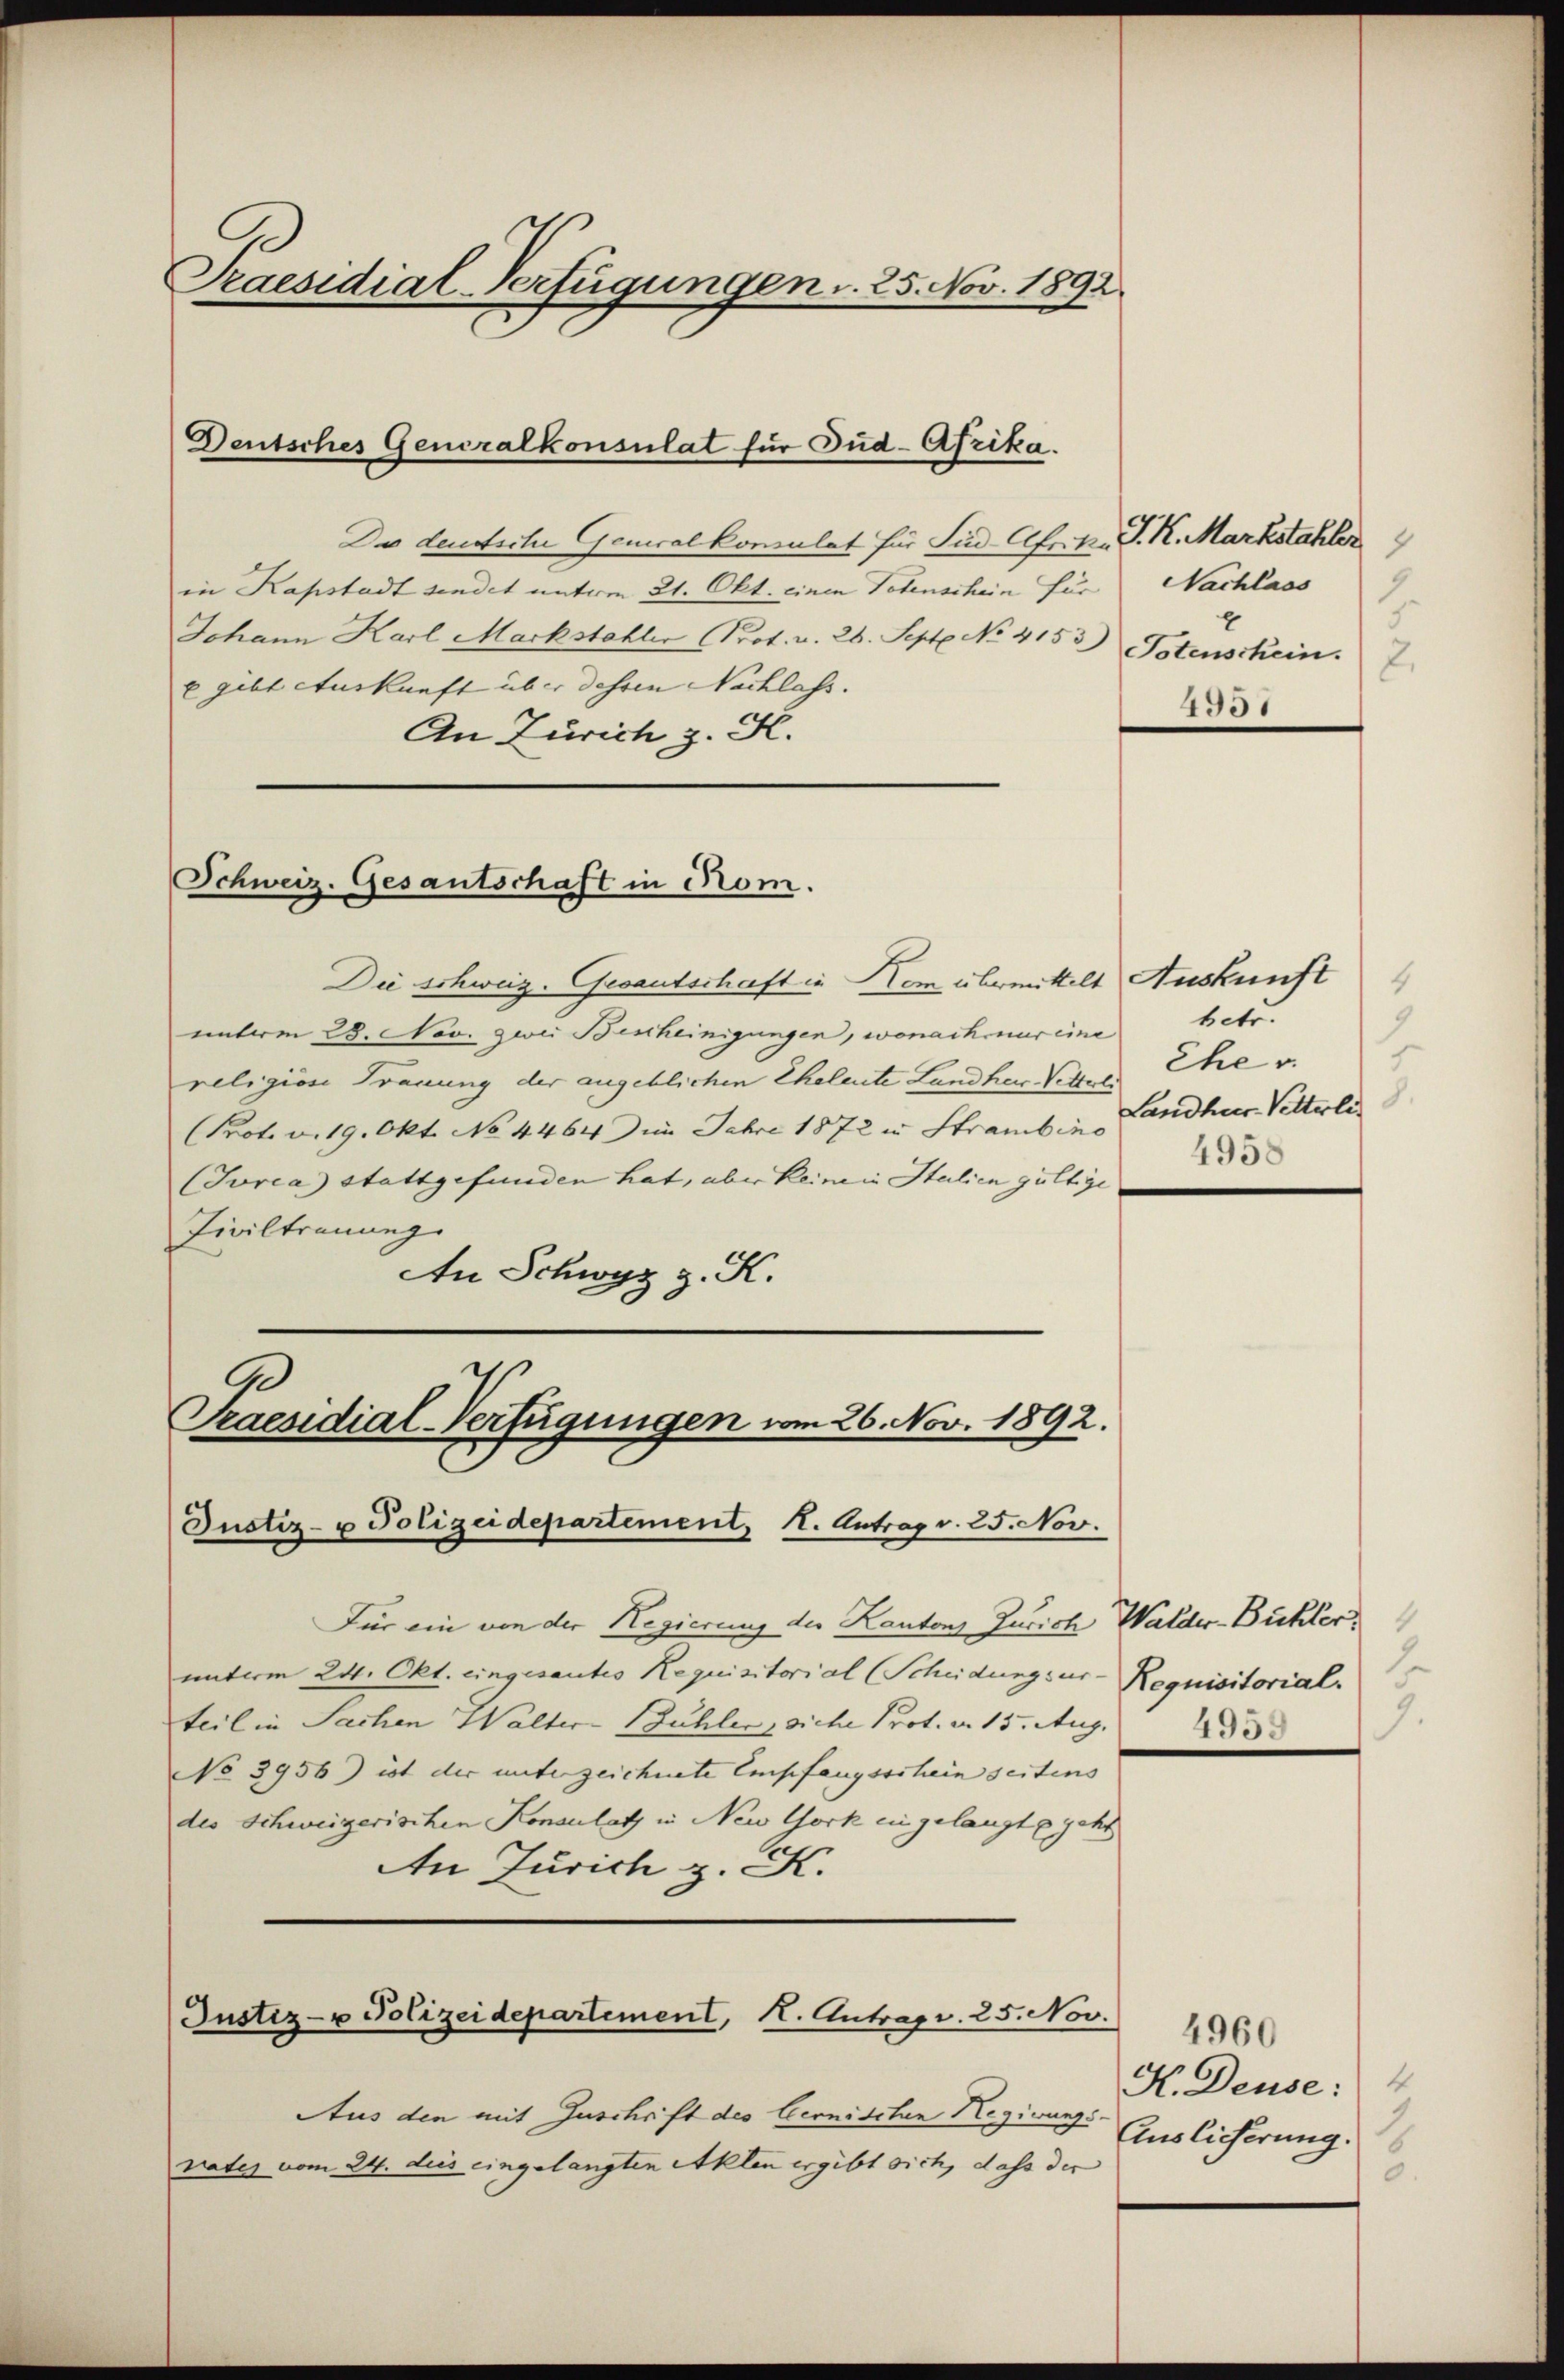
Praesidial-Verfügungen d. 25. Nov. 1892.

Deutsches Generalkonsulat für Jud-Afrika.

Da deutsche Generalkommlet für Sied-Afr. k. P. K. Markstahler
in Kapstadt sindet unterm 21. Okt. einen Totenschein für Nachlass
Johann Karl Markstahler Prot. v. 28. Sept No. 4153) Totenschein.
x gibt Auskunft über dessen Nachlass.
An Zürich z. K.

Schweiz. Gesantschaft in Rom.

Die schweiz. Gesantschaft in dem übermittelt Auskunft
unterm 29. Nov. zwei Bescheinigungen, wonach nur eine
religion Trauung der angeblichen Eheleute Landherr Vitter Ehe v.
(Prot. v. 19. Okt. No 4464 ) im Jahre 1872 in Stramben Landhus Vetterli
(Jorca) Stattgefunden hat, aber keinein Italien gültige
Tiviltrauung
An Schwyz z. K.

9
Praesidial-Verfügungen vom 26. Nov. 1892.
Justiz- u Polizeidepartement, 1. Antrag v. 25. Nov.

Justiz- u Polizeidepartement, H. Antrag. 25. Nov.

1

Für ein von der Regierung der Kantons Zürich Walder-Bühler
unterm 24. Okt. eingesantes Requisitorial (Scheidungsur.
teil in Sachen Walter Bühler siche Prot. d. 15. Aug.
No 3956) ist der unterzeichnete Empfangsschein seitens
des Schweizerischen Konsulatz in New York eingelangt geht
An Zürich z. K.

Aus den mit Zuschrift des Cernischen Regierungs-
rates vom 24. dies eingelangten Akten ergibt sich, dass der

betr.
9
.
4958

4951

2
Requisitorial.
9.
4959

4960
H. Deuse:
Auslicherung.
0.